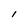
Character: I